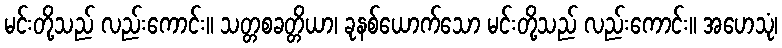
မင်းတို့သည် လည်းကောင်း။ သတ္တစခတ္တိယာ၊ ခုနစ်ယောက်သော မင်းတို့သည် လည်းကောင်း။ အဟေသုံ၊